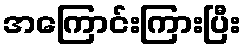
အကြောင်းကြားပြီး